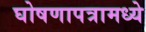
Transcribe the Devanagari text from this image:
घोषणापत्रामध्ये